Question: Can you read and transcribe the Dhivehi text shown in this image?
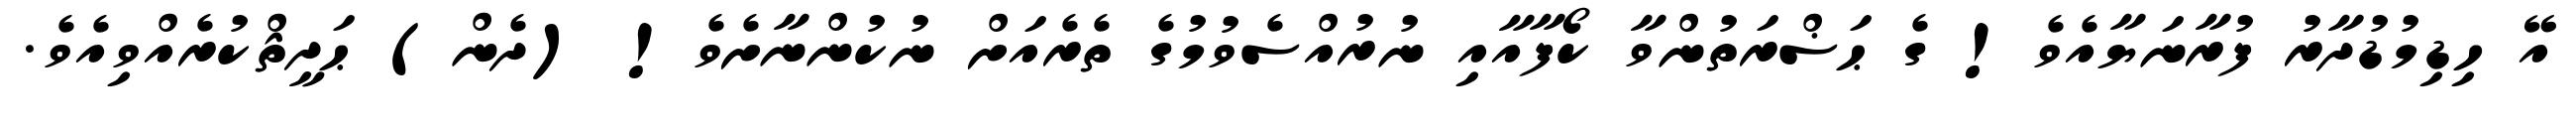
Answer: އޭ ހިޑިމުޑުދާރު ފުރާނަޔާއެވެ! ގެ ޙަޟްރަތުންވާ ކޯފާއާއި ނުރުއްސެވުމުގެ ތެރެއަށް ނުކުންނާށެވެ! (ދެން) ޙަދީޘްކުރެއްވިއެވެ.